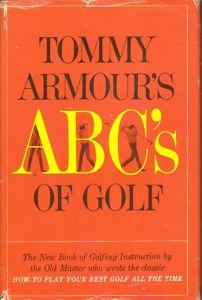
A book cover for Tommy Armour's Abc's Of Golf; Tommy Armour; Sports & Outdoors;